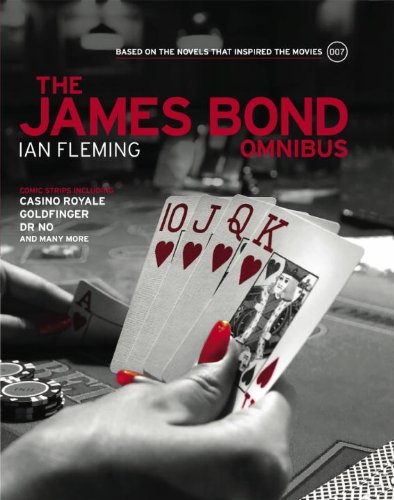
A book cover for James Bond: Omnibus Volume 001: Based on the novels that inspired the movies; Ian Fleming; Comics & Graphic Novels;